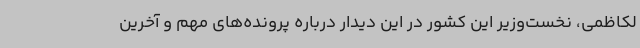
لکاظمی، نخست‌وزیر این کشور در این دیدار درباره پرونده‌های مهم و آخرین